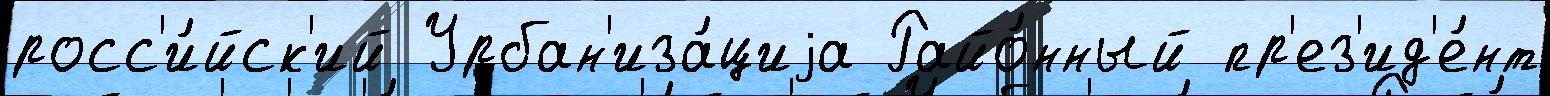
росс'и́йск'ий Урбан'иза́циjа Райо́нный пр'ез'ид'е́нт